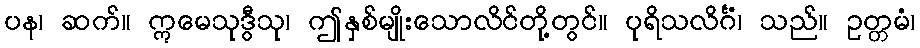
ပန၊ ဆက်။ ဣမေသုဒွီသု၊ ဤနှစ်မျိုးသောလိင်တို့တွင်။ ပုရိသလိင်္ဂံ၊ သည်။ ဥတ္တမံ၊